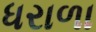
ધરાળા